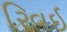
રિવઈ